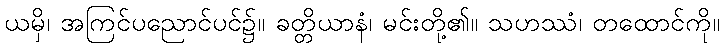
ယမှိ၊ အကြင်ပညောင်ပင်၌။ ခတ္တိယာနံ၊ မင်းတို့၏။ သဟဿံ၊ တထောင်ကို။